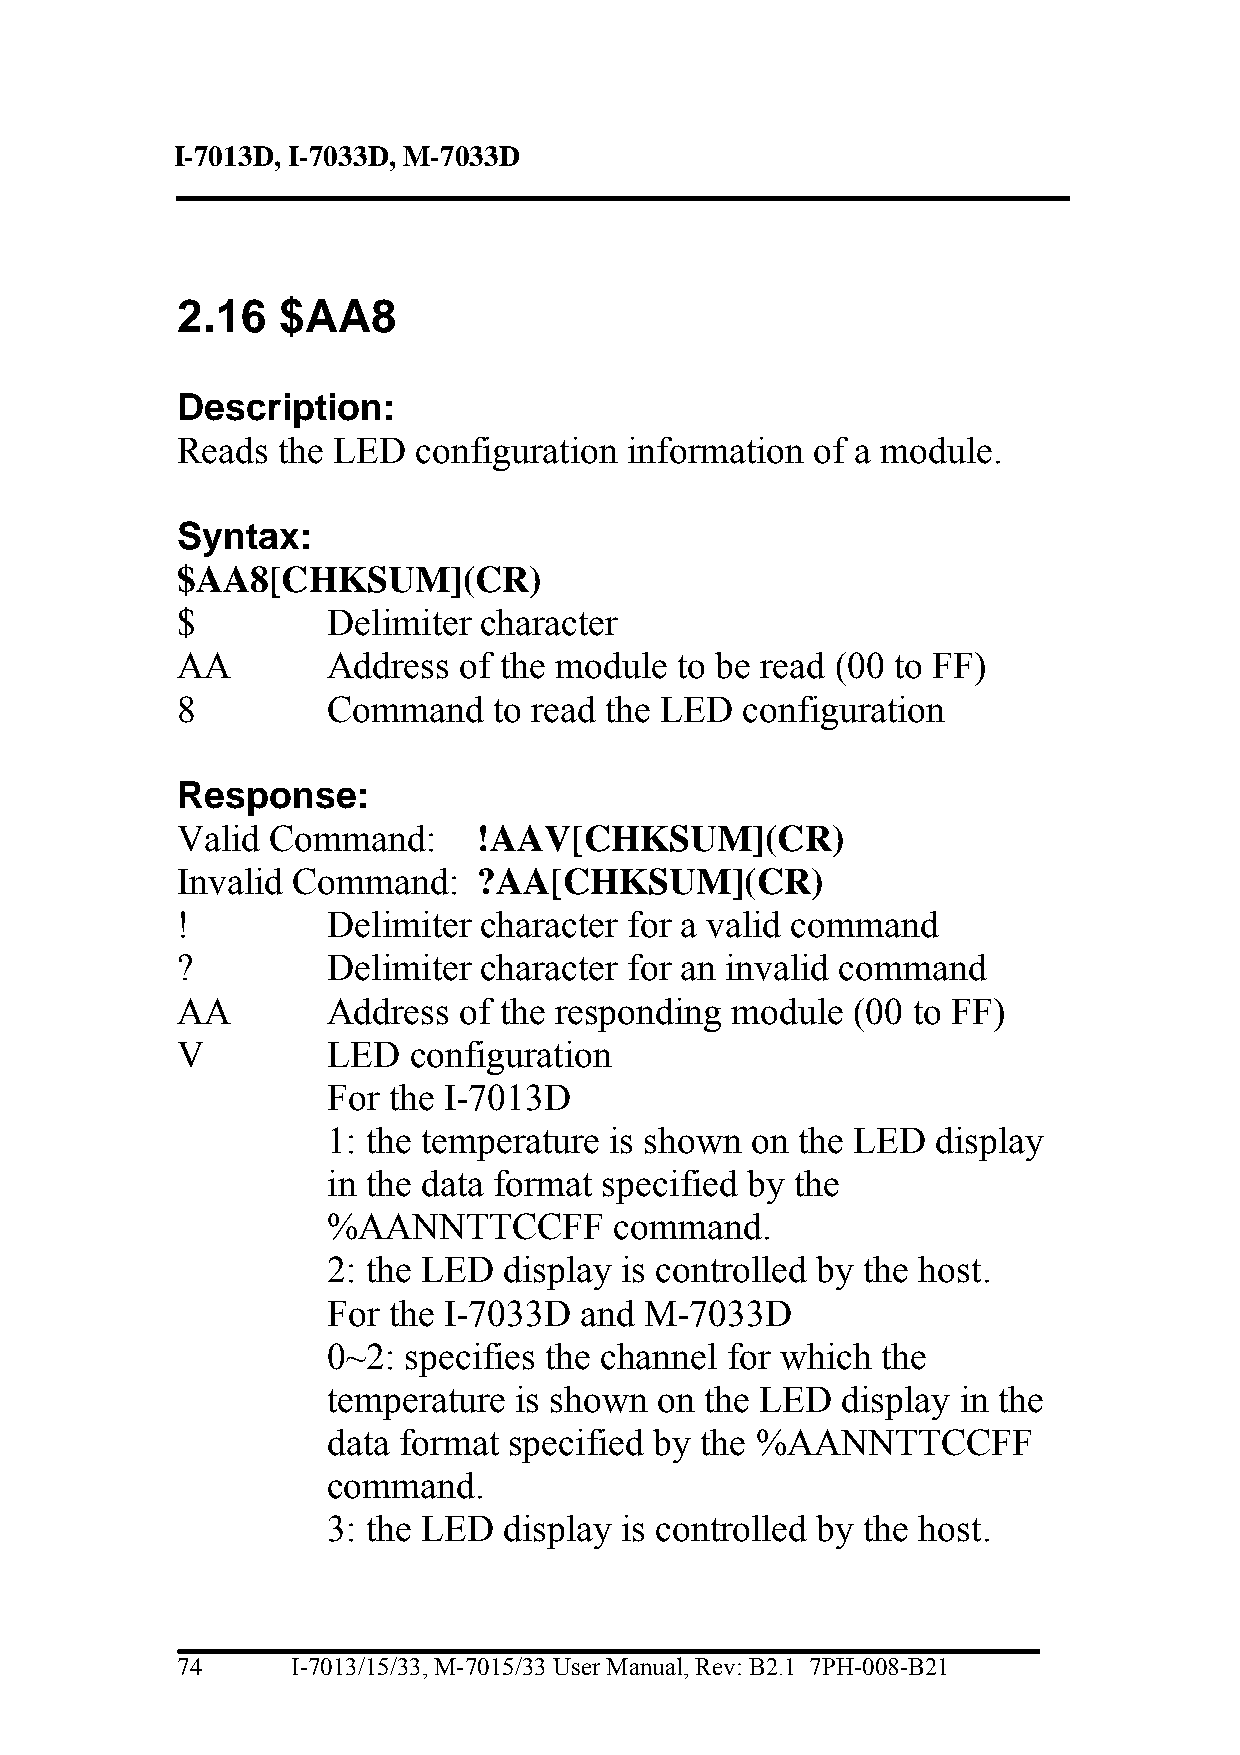
I-7013D, I-7033D, M-7033D
 2.16  $AA8
 Description:
 Reads the LED   configuration information of a module.
 Syntax:
 $AA8[CHKSUM](CR)
 $         Delimiter character
 AA        Address of the module  to be read (00 to FF)
 8         Command    to read the LED configuration
 Response:
 Valid Command:      !AAV[CHKSUM](CR)
 Invalid Command:    ?AA[CHKSUM](CR)
 !         Delimiter character for a valid command
 ?         Delimiter character for an invalid command
 AA        Address of the responding module  (00 to FF)
 V         LED  configuration
 For the I-7013D
 1: the temperature is shown on the LED  display
 in the data format specified by the
 %AANNTTCCFF        command.
 2: the LED display is controlled by the host.
 For the I-7033D and  M-7033D
 0~2: specifies the channel for which the
 temperature is shown  on the LED  display in the
 data format specified by the %AANNTTCCFF
 command.
 3: the LED display is controlled by the host.
 74     I-7013/15/33, M-7015/33 User Manual, Rev: B2.1 7PH-008-B21